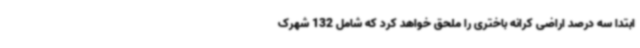
ابتدا سه درصد اراضی کرانه باختری را ملحق خواهد کرد که شامل 132 شهرک